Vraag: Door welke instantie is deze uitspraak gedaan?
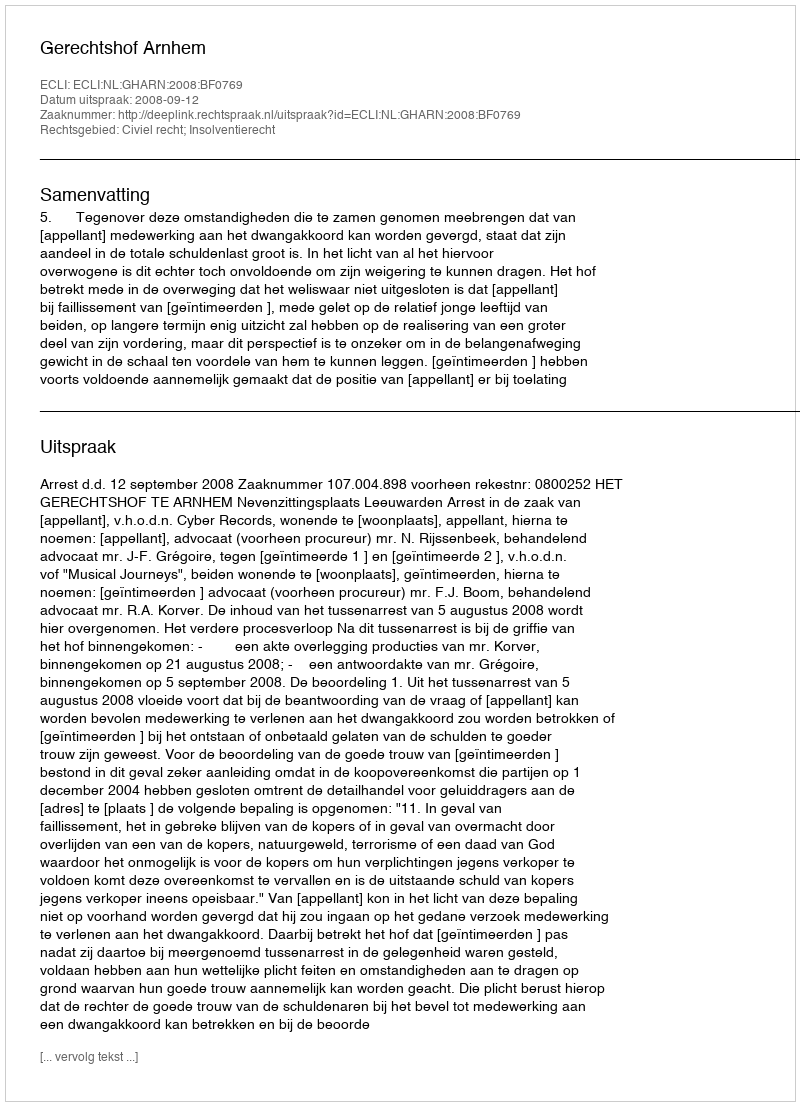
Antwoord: Gerechtshof Arnhem